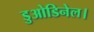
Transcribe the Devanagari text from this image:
डुओडिनेल।